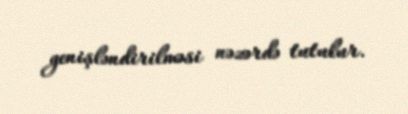
genişləndirilməsi nəzərdə tutulur.